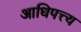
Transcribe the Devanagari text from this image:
आधिपत्त्य